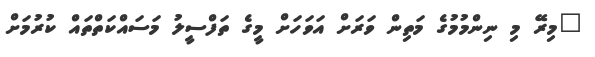
"މިރޭ މި ނިންމުމުގެ މަތިން ވަރަށް އަވަހަށް މީގެ ތަފްސީލު މަސައްކަތްތައް ކުރުމަށް